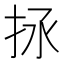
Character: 𢫒